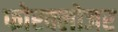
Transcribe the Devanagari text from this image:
फोरक्लोजर